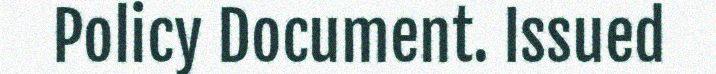
Policy Document. Issued